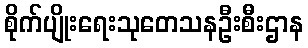
စိုက်ပျိုးရေးသုတေသနဦးစီးဌာန